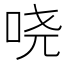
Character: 哓